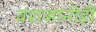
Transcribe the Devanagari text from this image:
वंशजांनीही